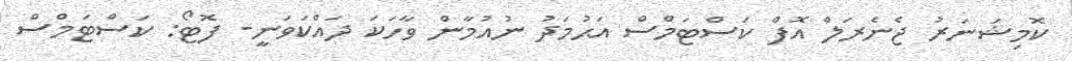
ކޮމިޝަނަރު ޖެނެރަލް އޮފް ކަސްޓަމްސް އަޙުމަދު ނުއުމާން ވާހަކަ ދައްކަވަނީ- ފޮޓޯ: ކަސްޓަމްސް